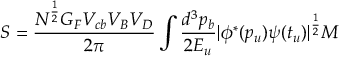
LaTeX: S = { \frac { N ^ { \frac { 1 } { 2 } } G _ { F } V _ { c b } V _ { B } V _ { D } } { 2 \pi } } \int { \frac { d ^ { 3 } p _ { b } } { 2 E _ { u } } } | \phi ^ { * } ( p _ { u } ) \psi ( t _ { u } ) | ^ { \frac { 1 } { 2 } } M